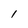
Character: l